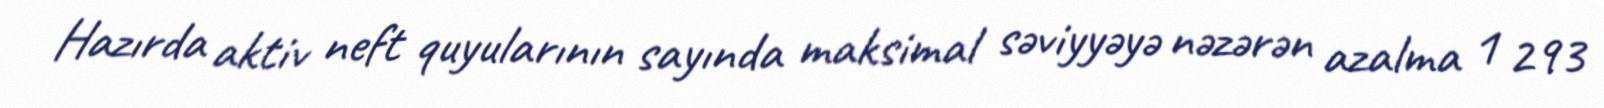
Hazırda aktiv neft quyularının sayında maksimal səviyyəyə nəzərən azalma 1 293